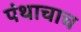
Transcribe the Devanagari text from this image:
पंथाचाच